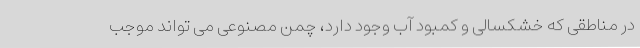
در مناطقی که خشکسالی و کمبود آب وجود دارد، چمن مصنوعی می تواند موجب